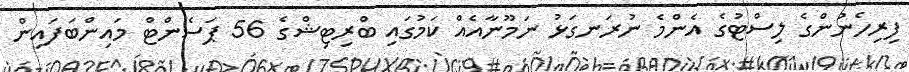
ފިރިހެނުންގެ ލިސްޓުގެ އެންމެ ނުރަނގަޅު ނަމޫނާއެއް ކަމުގައި ބްރިޓިޝްގެ 56 ޕަސެންޓް މައިންބަފައިން